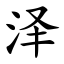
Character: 泽